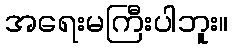
အရေးမကြီးပါဘူး။